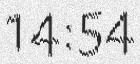
14:54